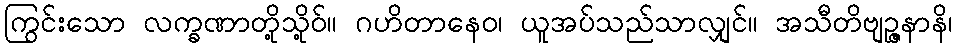
ကြွင်းသော လက္ခဏာတို့သို့ဝ်။ ဂဟိတာနေဝ၊ ယူအပ်သည်သာလျှင်။ အသီတိဗျဉ္ဇနာနိ၊